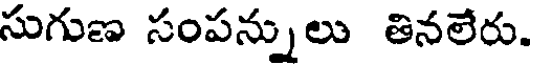
సుగుణ సంపన్నులు తినలేరు.